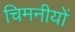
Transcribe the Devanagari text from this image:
चिमनीयों